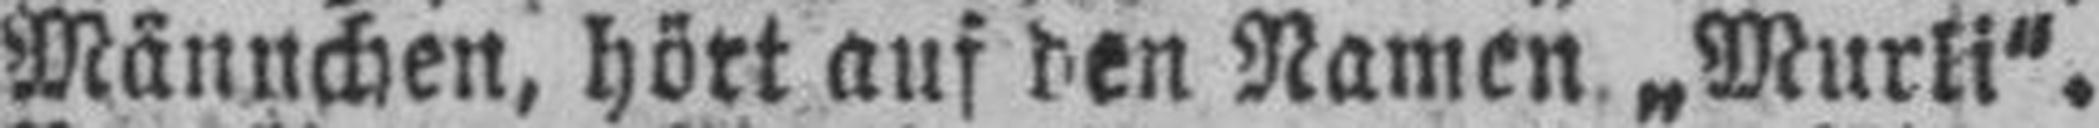
Männchen, hört auf den Namen „Murli“.